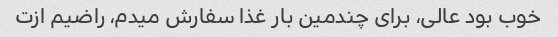
خوب بود عالی، برای چندمین بار غذا سفارش میدم، راضیم ازت